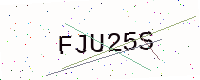
Text: FJU25S